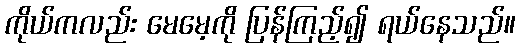
ကိုယ်ကလည်း မေမေ့ကို ပြန်ကြည့်၍ ရယ်နေသည်။